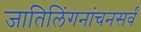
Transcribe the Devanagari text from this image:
जातिलिंगनांचनसर्वं